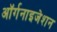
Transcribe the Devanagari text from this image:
अॉर्गनाइजेशन